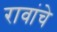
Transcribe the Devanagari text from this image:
रावांचे